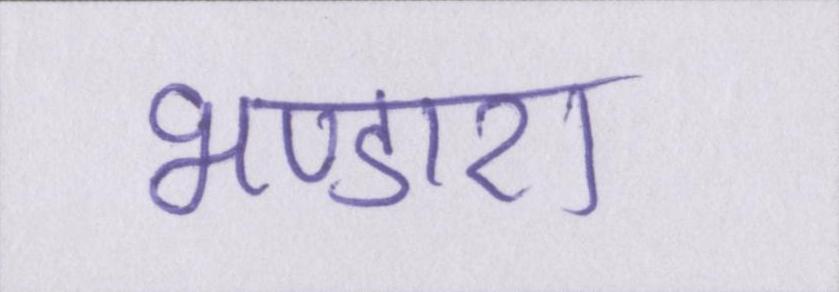
भण्डारा